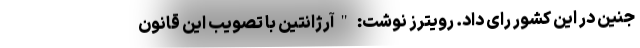
جنین در این کشور رای داد. رویترز نوشت: "آرژانتين با تصویب این قانون